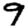
Digit: 9